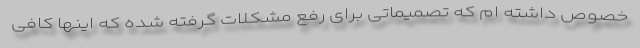
خصوص داشته ام که تصمیماتی برای رفع مشکلات گرفته شده که اینها کافی